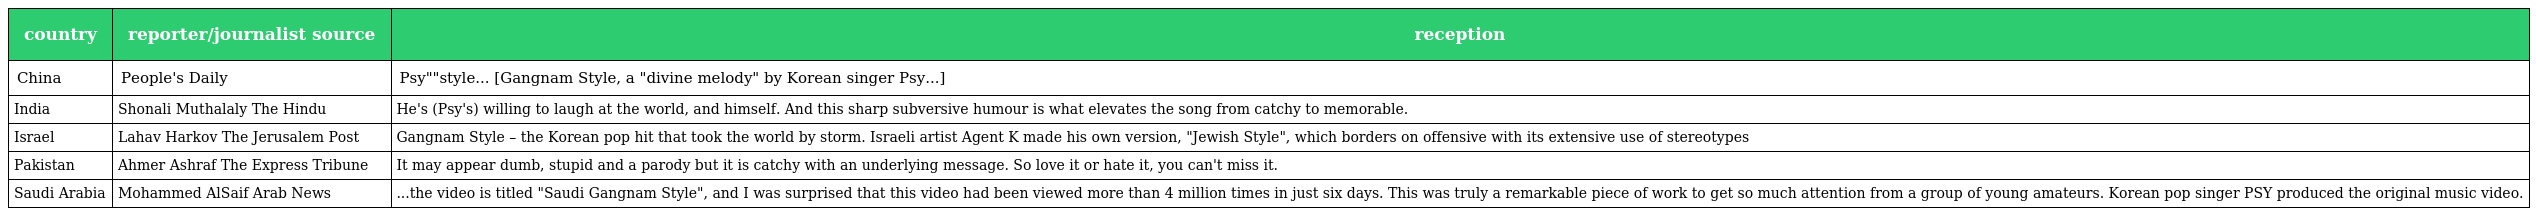
| country | reporter/journalist source | reception |
 | --- | --- | --- |
 | China | People's Daily | 韩国歌手Psy的"神曲"《江南style》... [《Gangnam Style》, a "divine melody" by Korean singer Psy...] |
 | India | Shonali Muthalaly The Hindu | He's (Psy's) willing to laugh at the world, and himself. And this sharp subversive humour is what elevates the song from catchy to memorable. |
 | Israel | Lahav Harkov The Jerusalem Post | Gangnam Style – the Korean pop hit that took the world by storm. Israeli artist Agent K made his own version, "Jewish Style", which borders on offensive with its extensive use of stereotypes |
 | Pakistan | Ahmer Ashraf The Express Tribune | It may appear dumb, stupid and a parody but it is catchy with an underlying message. So love it or hate it, you can't miss it. |
 | Saudi Arabia | Mohammed AlSaif Arab News | ...the video is titled "Saudi Gangnam Style", and I was surprised that this video had been viewed more than 4 million times in just six days. This was truly a remarkable piece of work to get so much attention from a group of young amateurs. Korean pop singer PSY produced the original music video. |